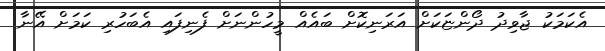
އެކަމަކު ޖާވިދު ދޯންޏަކަށް އަރަނިކޮށް ބައެއް މީހުންނަށް ފެނިފައި އެބަހުރި ކަމަށް އޭނާ